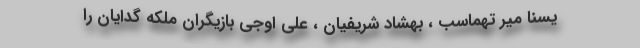
یسنا میر تهماسب ، بهشاد شریفیان ، علی اوجی بازیگران ملکه گدایان را